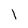
Character: l